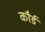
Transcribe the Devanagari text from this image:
कौर्ड